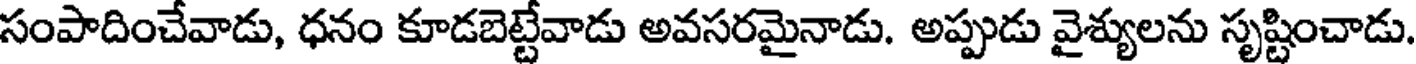
సంపాదించేవాడు, ధనం కూడబెట్టేవాడు అవసరమైనాడు. అప్పుడు వైశ్యులను సృష్టించాడు